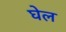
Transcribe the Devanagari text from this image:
घेल